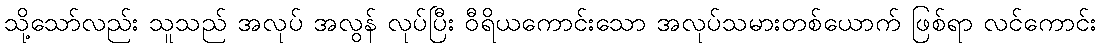
သို့သော်လည်း သူသည် အလုပ် အလွန် လုပ်ပြီး ဝီရိယကောင်းသော အလုပ်သမားတစ်ယောက် ဖြစ်ရာ လင်ကောင်း